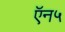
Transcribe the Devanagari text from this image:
ऍन५